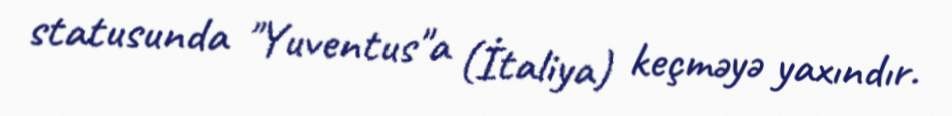
statusunda "Yuventus"a (İtaliya) keçməyə yaxındır.